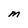
Character: M